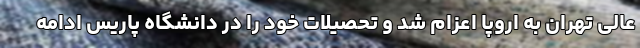
عالی تهران به اروپا اعزام شد و تحصیلات خود را در دانشگاه پاریس ادامه